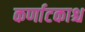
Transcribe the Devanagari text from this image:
कर्णाटकाश्च